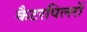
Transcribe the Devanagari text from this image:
कैटरपिलरों